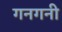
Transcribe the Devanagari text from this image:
गनगनी